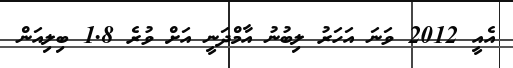
އެއީ 2012 ވަނަ އަހަރު ލިބުނު އާމްދަނީ އަށް ވުރެ 1.8 ބިލިއަން